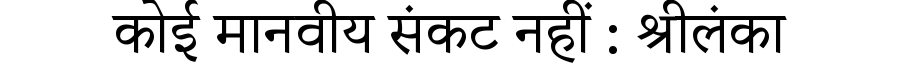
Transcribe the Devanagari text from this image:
कोई मानवीय संकट नहीं : श्रीलंका